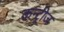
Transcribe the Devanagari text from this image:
कन्ट्रीज